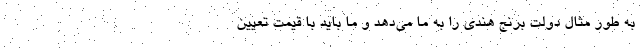
به طور مثال دولت برنج هندي را به ما مي‌دهد و ما بايد با قيمت تعيين